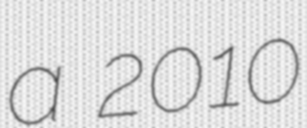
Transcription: a 2010